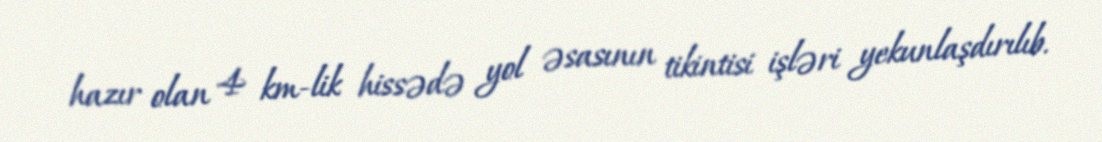
hazır olan 4 km-lik hissədə yol əsasının tikintisi işləri yekunlaşdırılıb.